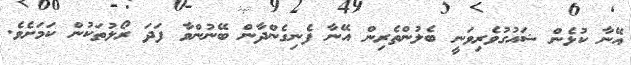
އޭނާ ކުޅެން ޝައުގުވެރިވަނީ ބެލުންތެރިން އޭނާ ފެނިގެންދާން ބޭނުންވާ ފަދަ ރޯލުތަކުން ކަމަށެވެ.